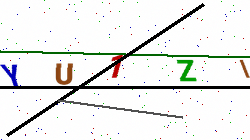
Text: YU1ZI